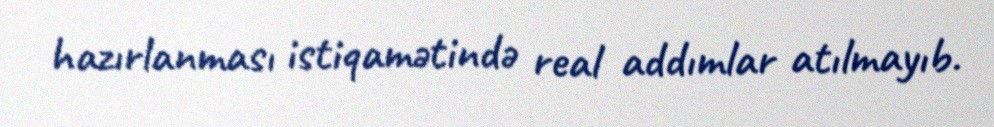
hazırlanması istiqamətində real addımlar atılmayıb.